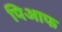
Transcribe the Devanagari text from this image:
पिआफ